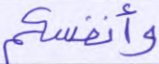
وأنفسكم